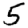
Digit: 5